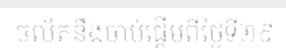
ចល័តនឹងចាប់ផ្តើមពីថ្ងៃទី២៩